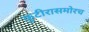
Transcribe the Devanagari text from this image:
कुटीरासमोरच